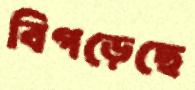
বিগড়েছে